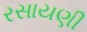
રસાયણી